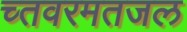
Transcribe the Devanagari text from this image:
च्तवरमतजल